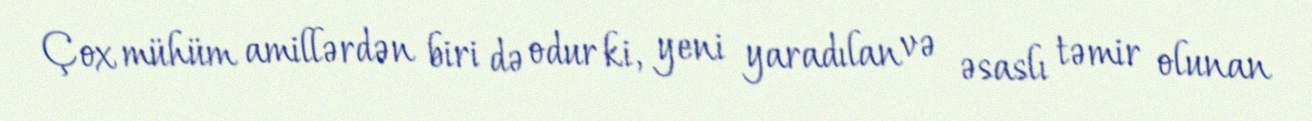
Çox mühüm amillərdən biri də odur ki, yeni yaradılan və əsaslı təmir olunan